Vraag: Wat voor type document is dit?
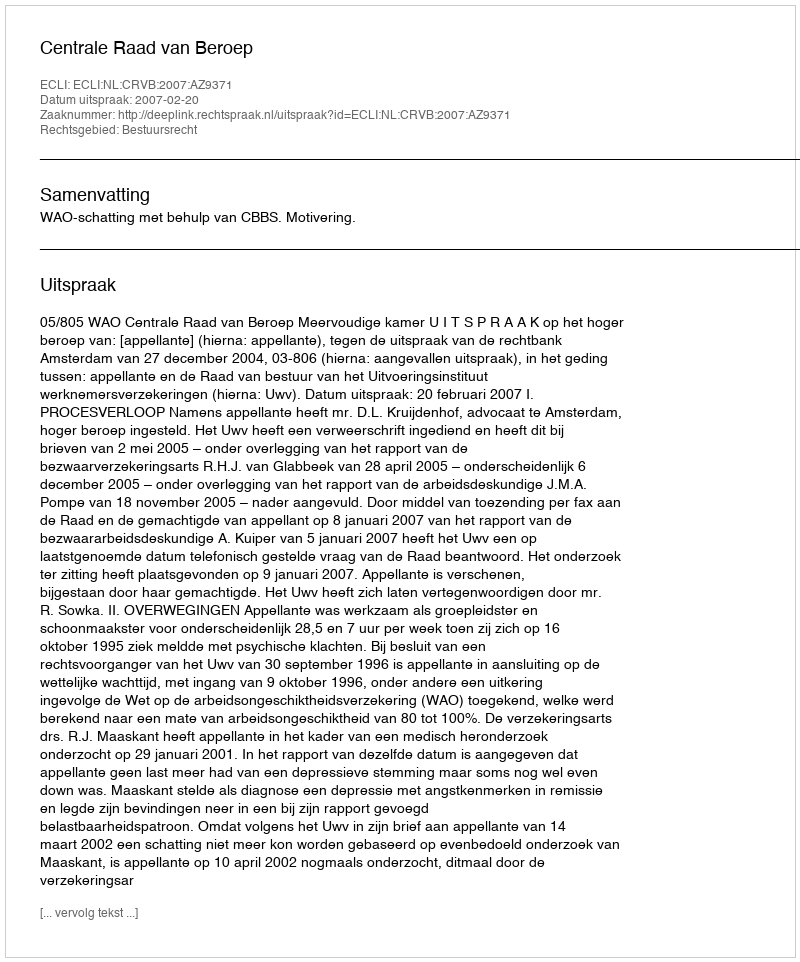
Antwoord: Uitspraak